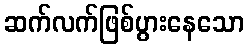
ဆက်လက်ဖြစ်ပွားနေသော